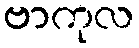
ဗာကုလ